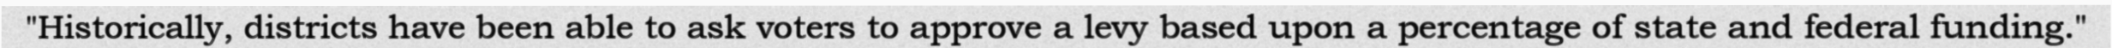
"Historically, districts have been able to ask voters to approve a levy based upon a percentage of state and federal funding."